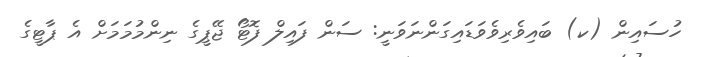
ހުސައިން (ކ) ބައިވެރިވެވަޑައިގަންނަވަނީ: ސަން ފައިލް ފޮޓޯ ޖޭޕީގެ ނިންމުމަމަށް އެ ޕާޓީގެ